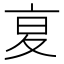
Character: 㚆